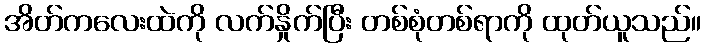
အိတ်ကလေးထဲကို လက်နှိုက်ပြီး တစ်စုံတစ်ရာကို ထုတ်ယူသည်။